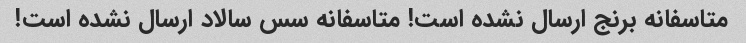
متاسفانه برنج ارسال نشده است! متاسفانه سس سالاد ارسال نشده است!